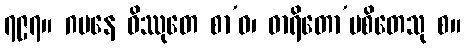
၇၉၇။ ဂမနေ ဝိဿုတေ စာ’ဝ၊ ဓာရိတော’ပစိတေသု စ။